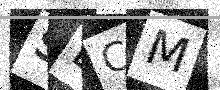
Text: SDCM